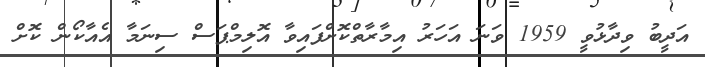
އަދީބު ވިދާޅުވީ 1959 ވަނަ އަހަރު އިމާރާތްކޮށްފައިވާ އޮލިމްޕަސް ސިނަމާ އެއާކޯން ކޮށް